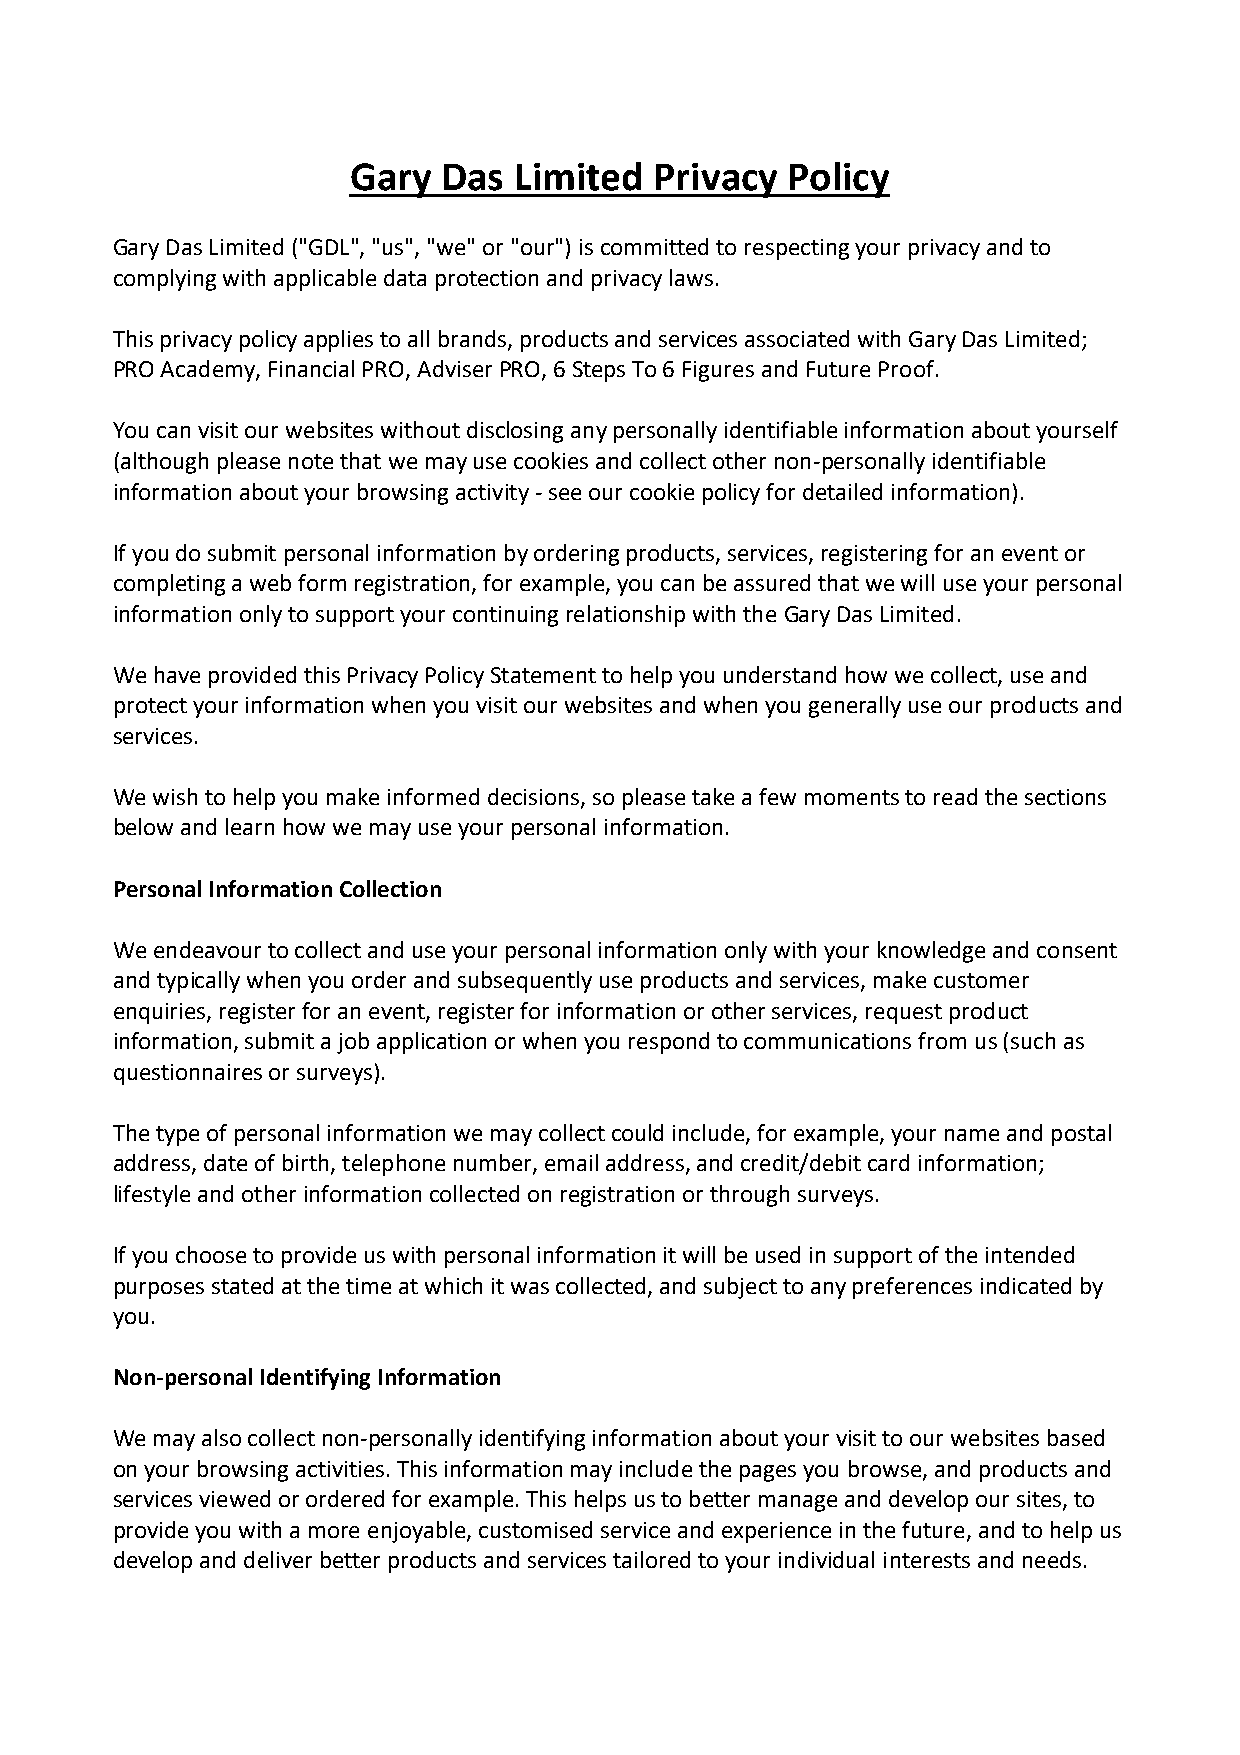
Gary  Das  Limited  Privacy  Policy
 Gary Das Limited ("GDL", "us", "we" or "our") is committed to respecting your privacy and to
 complying with applicable data protection and privacy laws.
 This privacy policy applies to all brands, products and services associated with Gary Das Limited;
 PRO Academy, Financial PRO, Adviser PRO, 6 Steps To 6 Figures and Future Proof.
 You can visit our websites without disclosing any personally identifiable information about yourself
 (although please note that we may use cookies and collect other non-personally identifiable
 information about your browsing activity - see our cookie policy for detailed information).
 If you do submit personal information by ordering products, services, registering for an event or
 completing a web form registration, for example, you can be assured that we will use your personal
 information only to support your continuing relationship with the Gary Das Limited.
 We have provided this Privacy Policy Statement to help you understand how we collect, use and
 protect your information when you visit our websites and when you generally use our products and
 services.
 We wish to help you make informed decisions, so please take a few moments to read the sections
 below and learn how we may use your personal information.
 Personal Information Collection
 We endeavour to collect and use your personal information only with your knowledge and consent
 and typically when you order and subsequently use products and services, make customer
 enquiries, register for an event, register for information or other services, request product
 information, submit a job application or when you respond to communications from us (such as
 questionnaires or surveys).
 The type of personal information we may collect could include, for example, your name and postal
 address, date of birth, telephone number, email address, and credit/debit card information;
 lifestyle and other information collected on registration or through surveys.
 If you choose to provide us with personal information it will be used in support of the intended
 purposes stated at the time at which it was collected, and subject to any preferences indicated by
 you.
 Non-personal Identifying Information
 We may also collect non-personally identifying information about your visit to our websites based
 on your browsing activities. This information may include the pages you browse, and products and
 services viewed or ordered for example. This helps us to better manage and develop our sites, to
 provide you with a more enjoyable, customised service and experience in the future, and to help us
 develop and deliver better products and services tailored to your individual interests and needs.